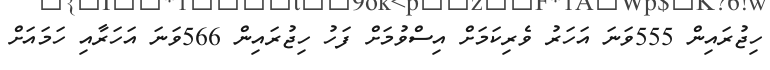
ހިޖުރައިން 555ވަނަ އަހަރު ވެރިކަމަށް އިސްވުމަށް ފަހު ހިޖުރައިން 566ވަނަ އަހަރާއި ހަމައަށް